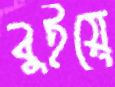
বুইয়ে